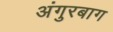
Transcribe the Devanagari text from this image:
अंगुरबाग